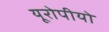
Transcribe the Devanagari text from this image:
यूरोपीयो